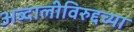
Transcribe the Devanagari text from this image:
अब्दालीविरुद्दच्या